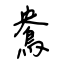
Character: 鴦